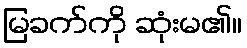
မြခက်ကို ဆုံးမ၏။